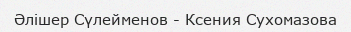
Әлішер Сүлейменов - Ксения Сухомазова